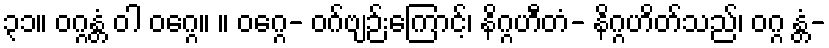
၃၁။ ဝဂ္ဂန္တံ ဝါ ဝဂ္ဂေ။ ။ ဝဂ္ဂေ- ဝဂ်ဗျဉ်းကြောင့်၊ နိဂ္ဂဟီတံ- နိဂ္ဂဟိတ်သည်၊ ဝဂ္ဂ န္တံ-